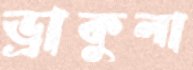
ড্রাকুলা